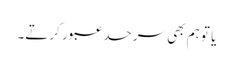
یا تو ہم بھی سرحد عبور کرتے۔